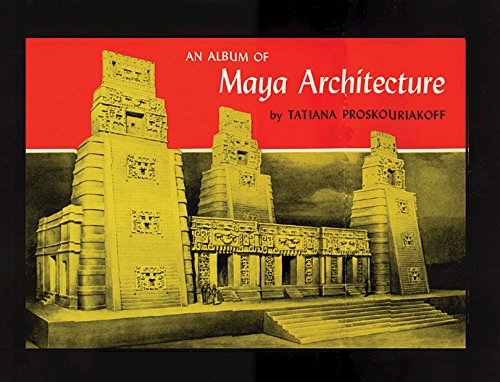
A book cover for An Album of Maya Architecture; Tatiana Proskouriakoff; History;